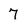
Character: 7